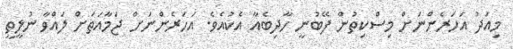
މިއަދު އަހަރެންނަށް މިސްކިތުން ފޭބުނީ ހާދިބެއާ އެކުއެވެ. އަހަރެންނަށް ޖަމާއަތަށް ލައްވާ ނުލީތީ